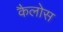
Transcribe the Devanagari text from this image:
कैलोस